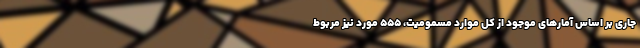
جاری بر اساس آمارهای موجود از کل موارد مسمومیت، ۵۵۵ مورد نیز مربوط